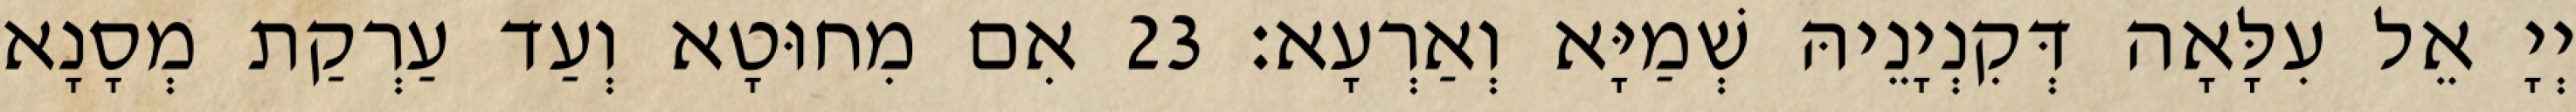
יְיָ אֵל עִלָּאָה דְּקִנְיָנֵיהּ שְׁמַיָּא וְאַרְעָא׃ 23 אִם מִחוּטָא וְעַד עַרְקַת מְסָנָא